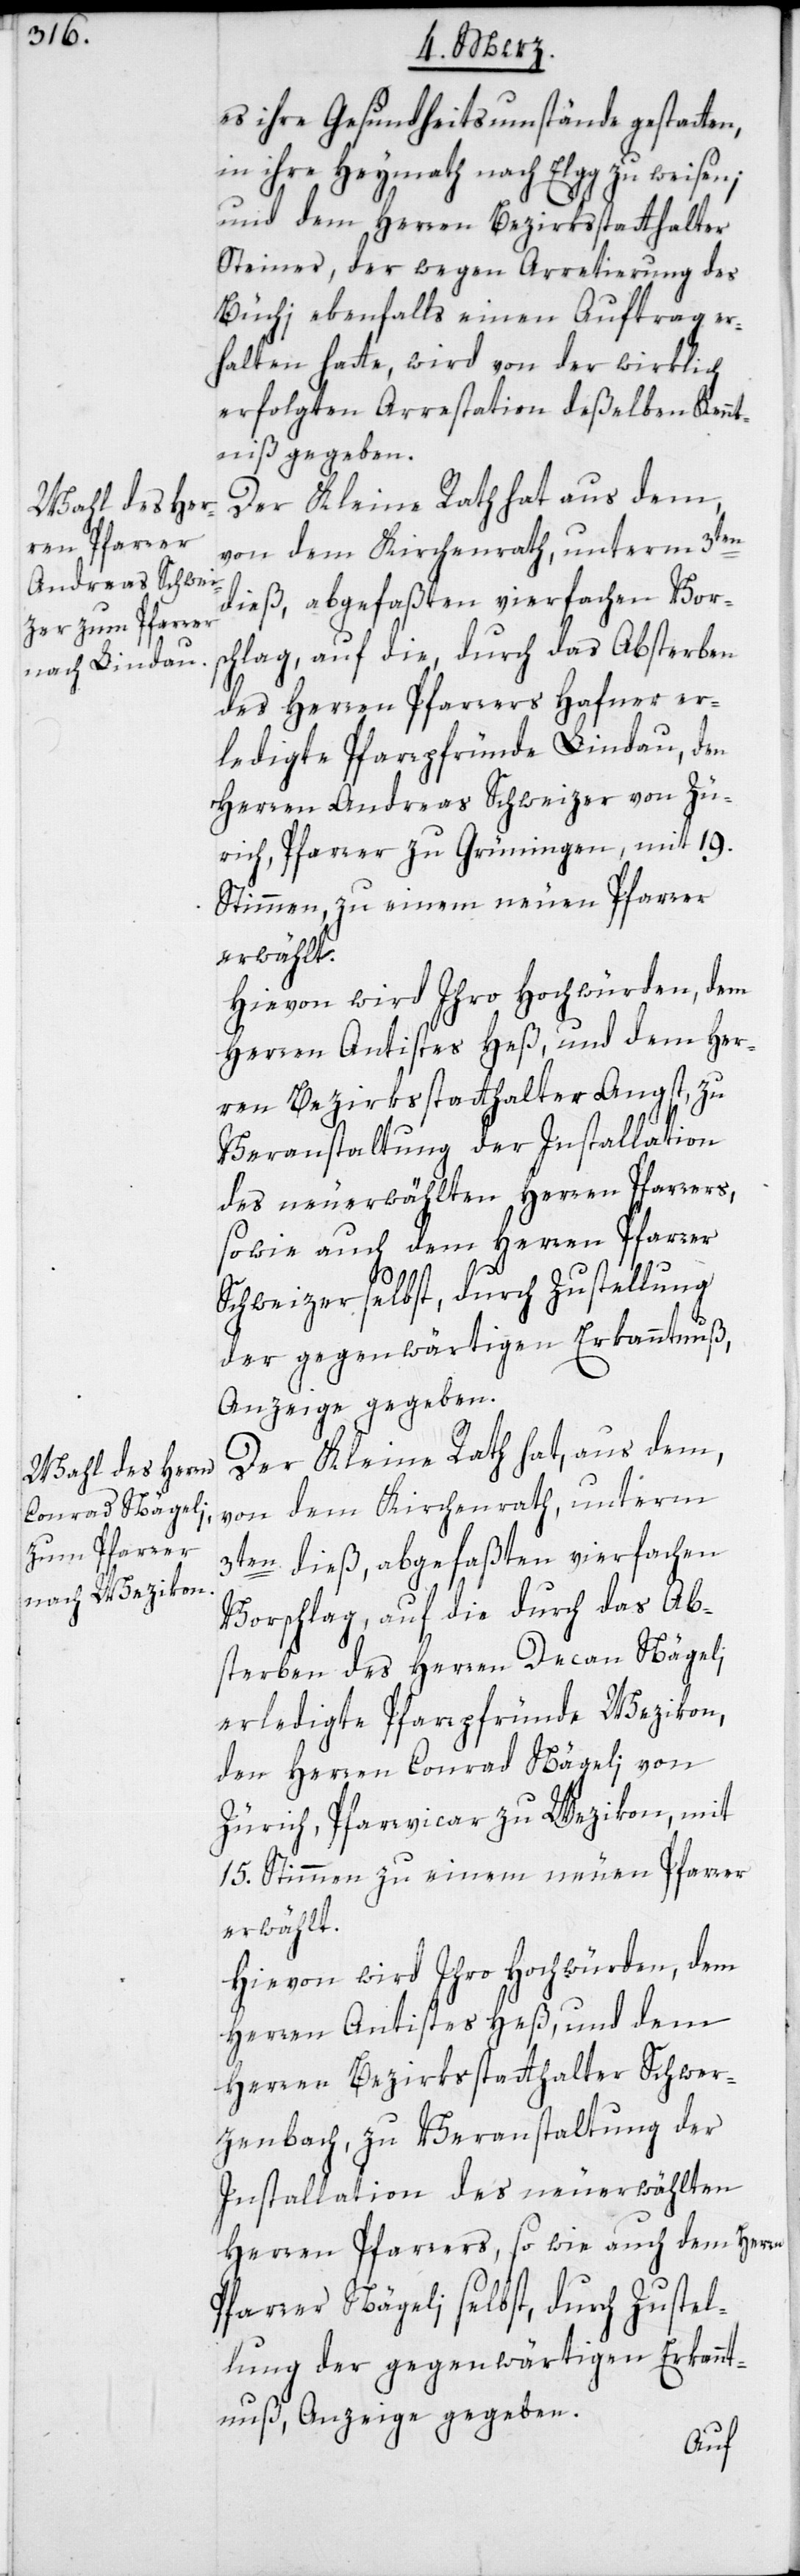
es ihre Gesundheitsumstände gestatten,
in ihre Heymath nach Elgg zu weisen;
und dem Herren Bezirksstatthalter
Steiner, der wegen Arretierung des
Büchi ebenfalls einen Auftrag er¬
halten hatte, wird von der wirklich
erfolgten Arrestation deßelben Kennt¬
niß gegeben.
Der Kleine Rath hat aus dem,
von dem Kirchenrath, unterm 3ten
dieß, abgefaßten vierfachen Vors¬
chlag, auf die durch das Absterben
des Herrn Pfarrers Hafner er¬
ledigte Pfarrpfründe Lindau, den
Herren Andreas Schweizer von Zü¬
rich, Pfarrer zu Grüningen, mit 19.
Stimmen, zu einem neuen Pfarrer
erwählt.
Hievon wird Ihro Hochwürden, dem
Herren Antistes Heß, und dem Her¬
ren Bezirksstatthalter Angst, zu
Veranstaltung der Installation
des neuerwählten Herren Pfarrers,
sowie auch dem Herren Pfarrer
Schweizer selbst, durch Zustellung
der gegenwärtigen Erkanntnuß,
Anzeige gegeben.
Der Kleine Rath hat, aus dem,
von dem Kirchenrath, unterm
3ten dieß, abgefaßten vierfachen
Vorschlag, auf die durch das Ab¬
sterben des Herren Decan Nägeli,
erledigte Pfarrpfründe Wezikon,
den Herren Conrad Nägeli von
Zürich, Pfarrvicar zu Wetzikon, mit
15. Stimmen zu einem neuen Pfarrer
erwählt.
Hievon wird Ihro Hochwürden, dem
Herren Antistes Heß, und dem
Herren Bezirksstatthalter Schwer¬
zenbach, zu Veranstaltung der
Installation des neuerwählten
Herren Pfarrers, sowie auch dem Herren
Pfarrer Nägeli selbst, durch Zustel¬
lung der gegenwärtigen Erkannt¬
nuß, Anzeige gegeben.